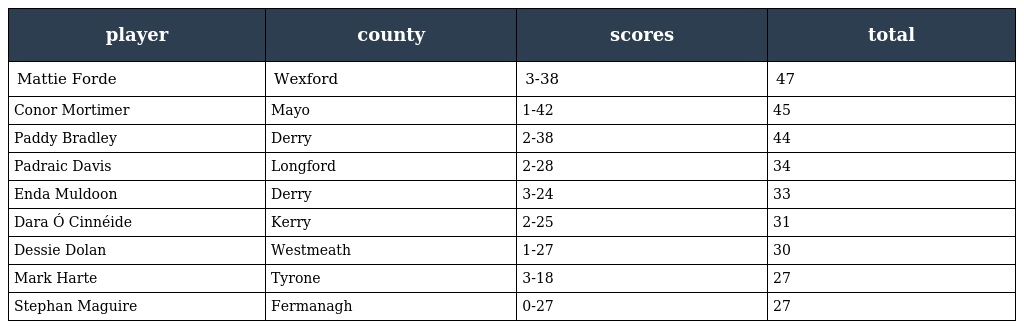
| player | county | scores | total |
 | --- | --- | --- | --- |
 | Mattie Forde | Wexford | 3-38 | 47 |
 | Conor Mortimer | Mayo | 1-42 | 45 |
 | Paddy Bradley | Derry | 2-38 | 44 |
 | Padraic Davis | Longford | 2-28 | 34 |
 | Enda Muldoon | Derry | 3-24 | 33 |
 | Dara Ó Cinnéide | Kerry | 2-25 | 31 |
 | Dessie Dolan | Westmeath | 1-27 | 30 |
 | Mark Harte | Tyrone | 3-18 | 27 |
 | Stephan Maguire | Fermanagh | 0-27 | 27 |